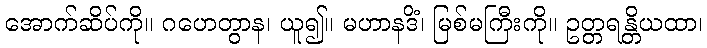
အောက်ဆိပ်ကို။ ဂဟေတွာန၊ ယူ၍။ မဟာနဒိံ၊ မြစ်မကြီးကို။ ဥတ္တရန္တိယထာ၊